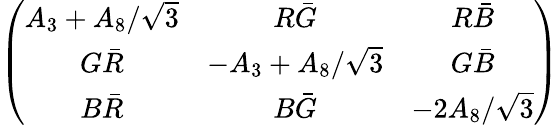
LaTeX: \left(\begin{array}{ccc}{{A_{3}+A_{8}/\sqrt{3}}}&{{R\bar{G}}}&{{R\bar{B}}}\\ {{G\bar{R}}}&{{-A_{3}+A_{8}/\sqrt{3}}}&{{G\bar{B}}}\\ {{B\bar{R}}}&{{B\bar{G}}}&{{-2A_{8}/\sqrt{3}}}\end{array}\right)